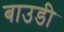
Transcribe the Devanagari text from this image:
बाउडी